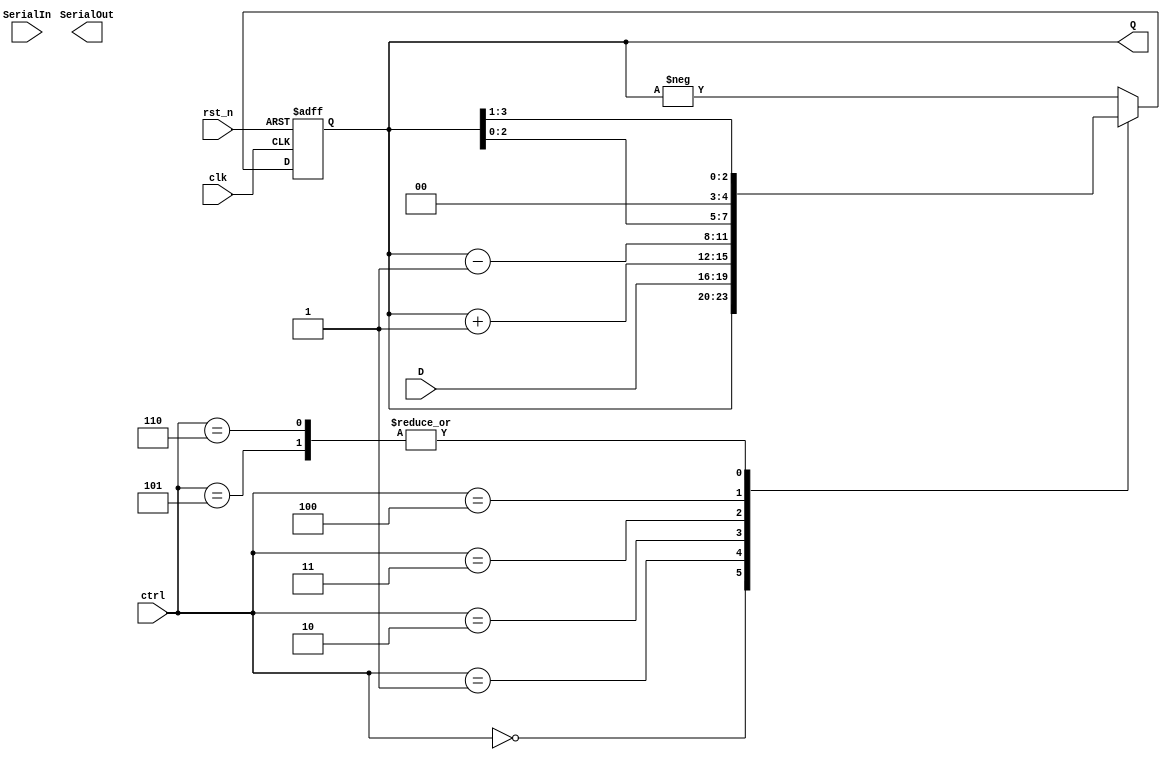
module universalRegister (
    input wire SerialIn,
    input wire [n-1:0] D,
    input wire [2:0] ctrl,
    input wire clk,
    input wire rst_n,
    output wire SerialOut,
    output reg [n-1:0] Q
);

    parameter n = 4;

    // Behavioral description
    always @(posedge clk, negedge rst_n) begin
        if (!rst_n)
            Q <= 0;
        else begin
            case (ctrl)
                0: Q <= Q; // hold
                1: Q <= D; // parallel load
                2: Q <= Q + 1; // increment
                3: Q <= Q - 1; // decrement
                4: Q <= Q << 1; // shift left logic
                5: Q <= Q >> 1; // shift right logic
                6: Q <= Q >>> 1; // shift right arithmetic
                default: Q <= -Q; // negative
            endcase
        end
    end

endmodule